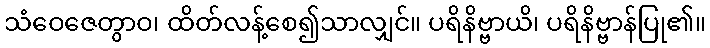
သံဝေဇေတွာဝ၊ ထိတ်လန့်စေ၍သာလျှင်။ ပရိနိဗ္ဗာယိ၊ ပရိနိဗ္ဗာန်ပြု၏။